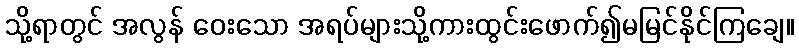
သို့ရာတွင် အလွန် ဝေးသော အရပ်များသို့ကားထွင်းဖောက်၍မမြင်နိုင်ကြချေ။